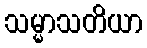
သမ္မာသတိယာ